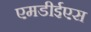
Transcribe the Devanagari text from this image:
एमडीईएस